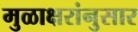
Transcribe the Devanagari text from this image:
मुळाक्षरांनुसार